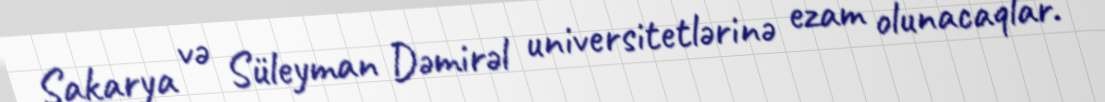
Sakarya və Süleyman Dəmirəl universitetlərinə ezam olunacaqlar.